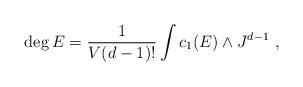
LaTeX: \begin{align*}\deg E = \frac{1}{V(d-1)!} \int c_1(E) \wedge J^{d-1} \ ,\end{align*}